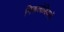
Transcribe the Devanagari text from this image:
निकलोडियनों